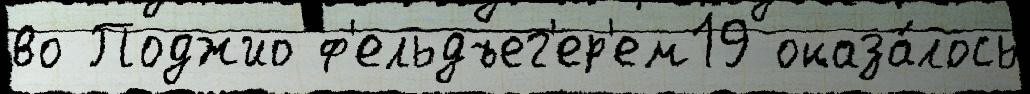
во Поджио ф'ельдъег'ер'ем19 оказа́лось